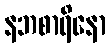
နဘစာရိနော